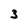
Character: 3